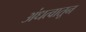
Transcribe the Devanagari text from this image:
अंधत्वातून